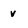
Character: v